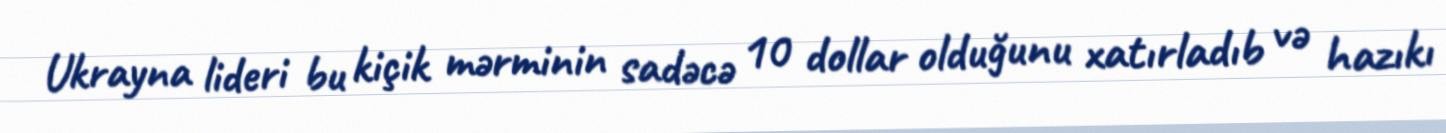
Ukrayna lideri bu kiçik mərminin sadəcə 10 dollar olduğunu xatırladıb və hazıkı